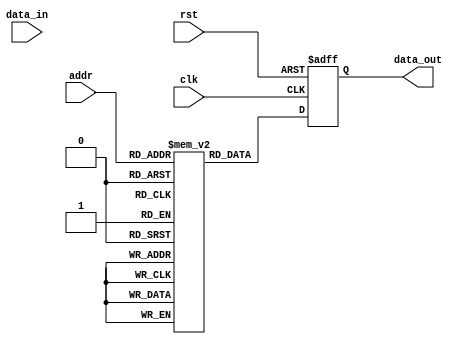
module ParamDUT #(parameter DATA_WIDTH = 8, parameter ADDR_WIDTH = 4) (
    input wire clk,
    input wire rst,
    input wire [DATA_WIDTH-1:0] data_in,
    input wire [ADDR_WIDTH-1:0] addr,
    output reg [DATA_WIDTH-1:0] data_out
);
    reg [DATA_WIDTH-1:0] memory [0:(1 << ADDR_WIDTH)-1];

    always @(posedge clk or posedge rst) begin
        if (rst) begin
            data_out <= 0;
        end else begin
            data_out <= memory[addr];
        end
    end

    // Additional functionality can be added here (e.g., write operation)
endmodule